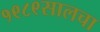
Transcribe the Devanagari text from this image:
१९८९सालचा